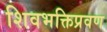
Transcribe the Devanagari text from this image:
शिवभक्तिप्रवण